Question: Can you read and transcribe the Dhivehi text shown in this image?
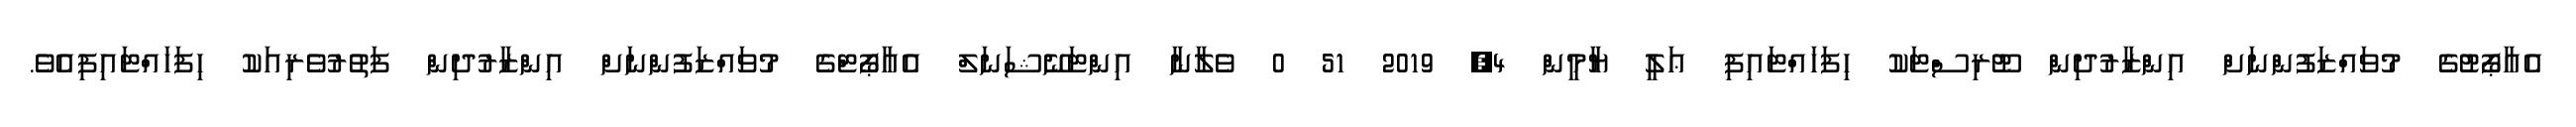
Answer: އެއާޕޯޓުގެ މުވައްޒަފުންނަށް އިންޒާރުދިން ޓޫރިސްޓަކު ހިފަހައްޓައިފި ޢަލީ ޔާމީން 4, 2019 51 0 ވެލާނާ އިންޓަނޭޝަނަލް އެއާޕޯޓްގެ މުވައްޒަފުންނަށް އިންޒާރުދިން ފަތުރުވެރިއަކު ހިފަހައްޓައިފިއެވެ.